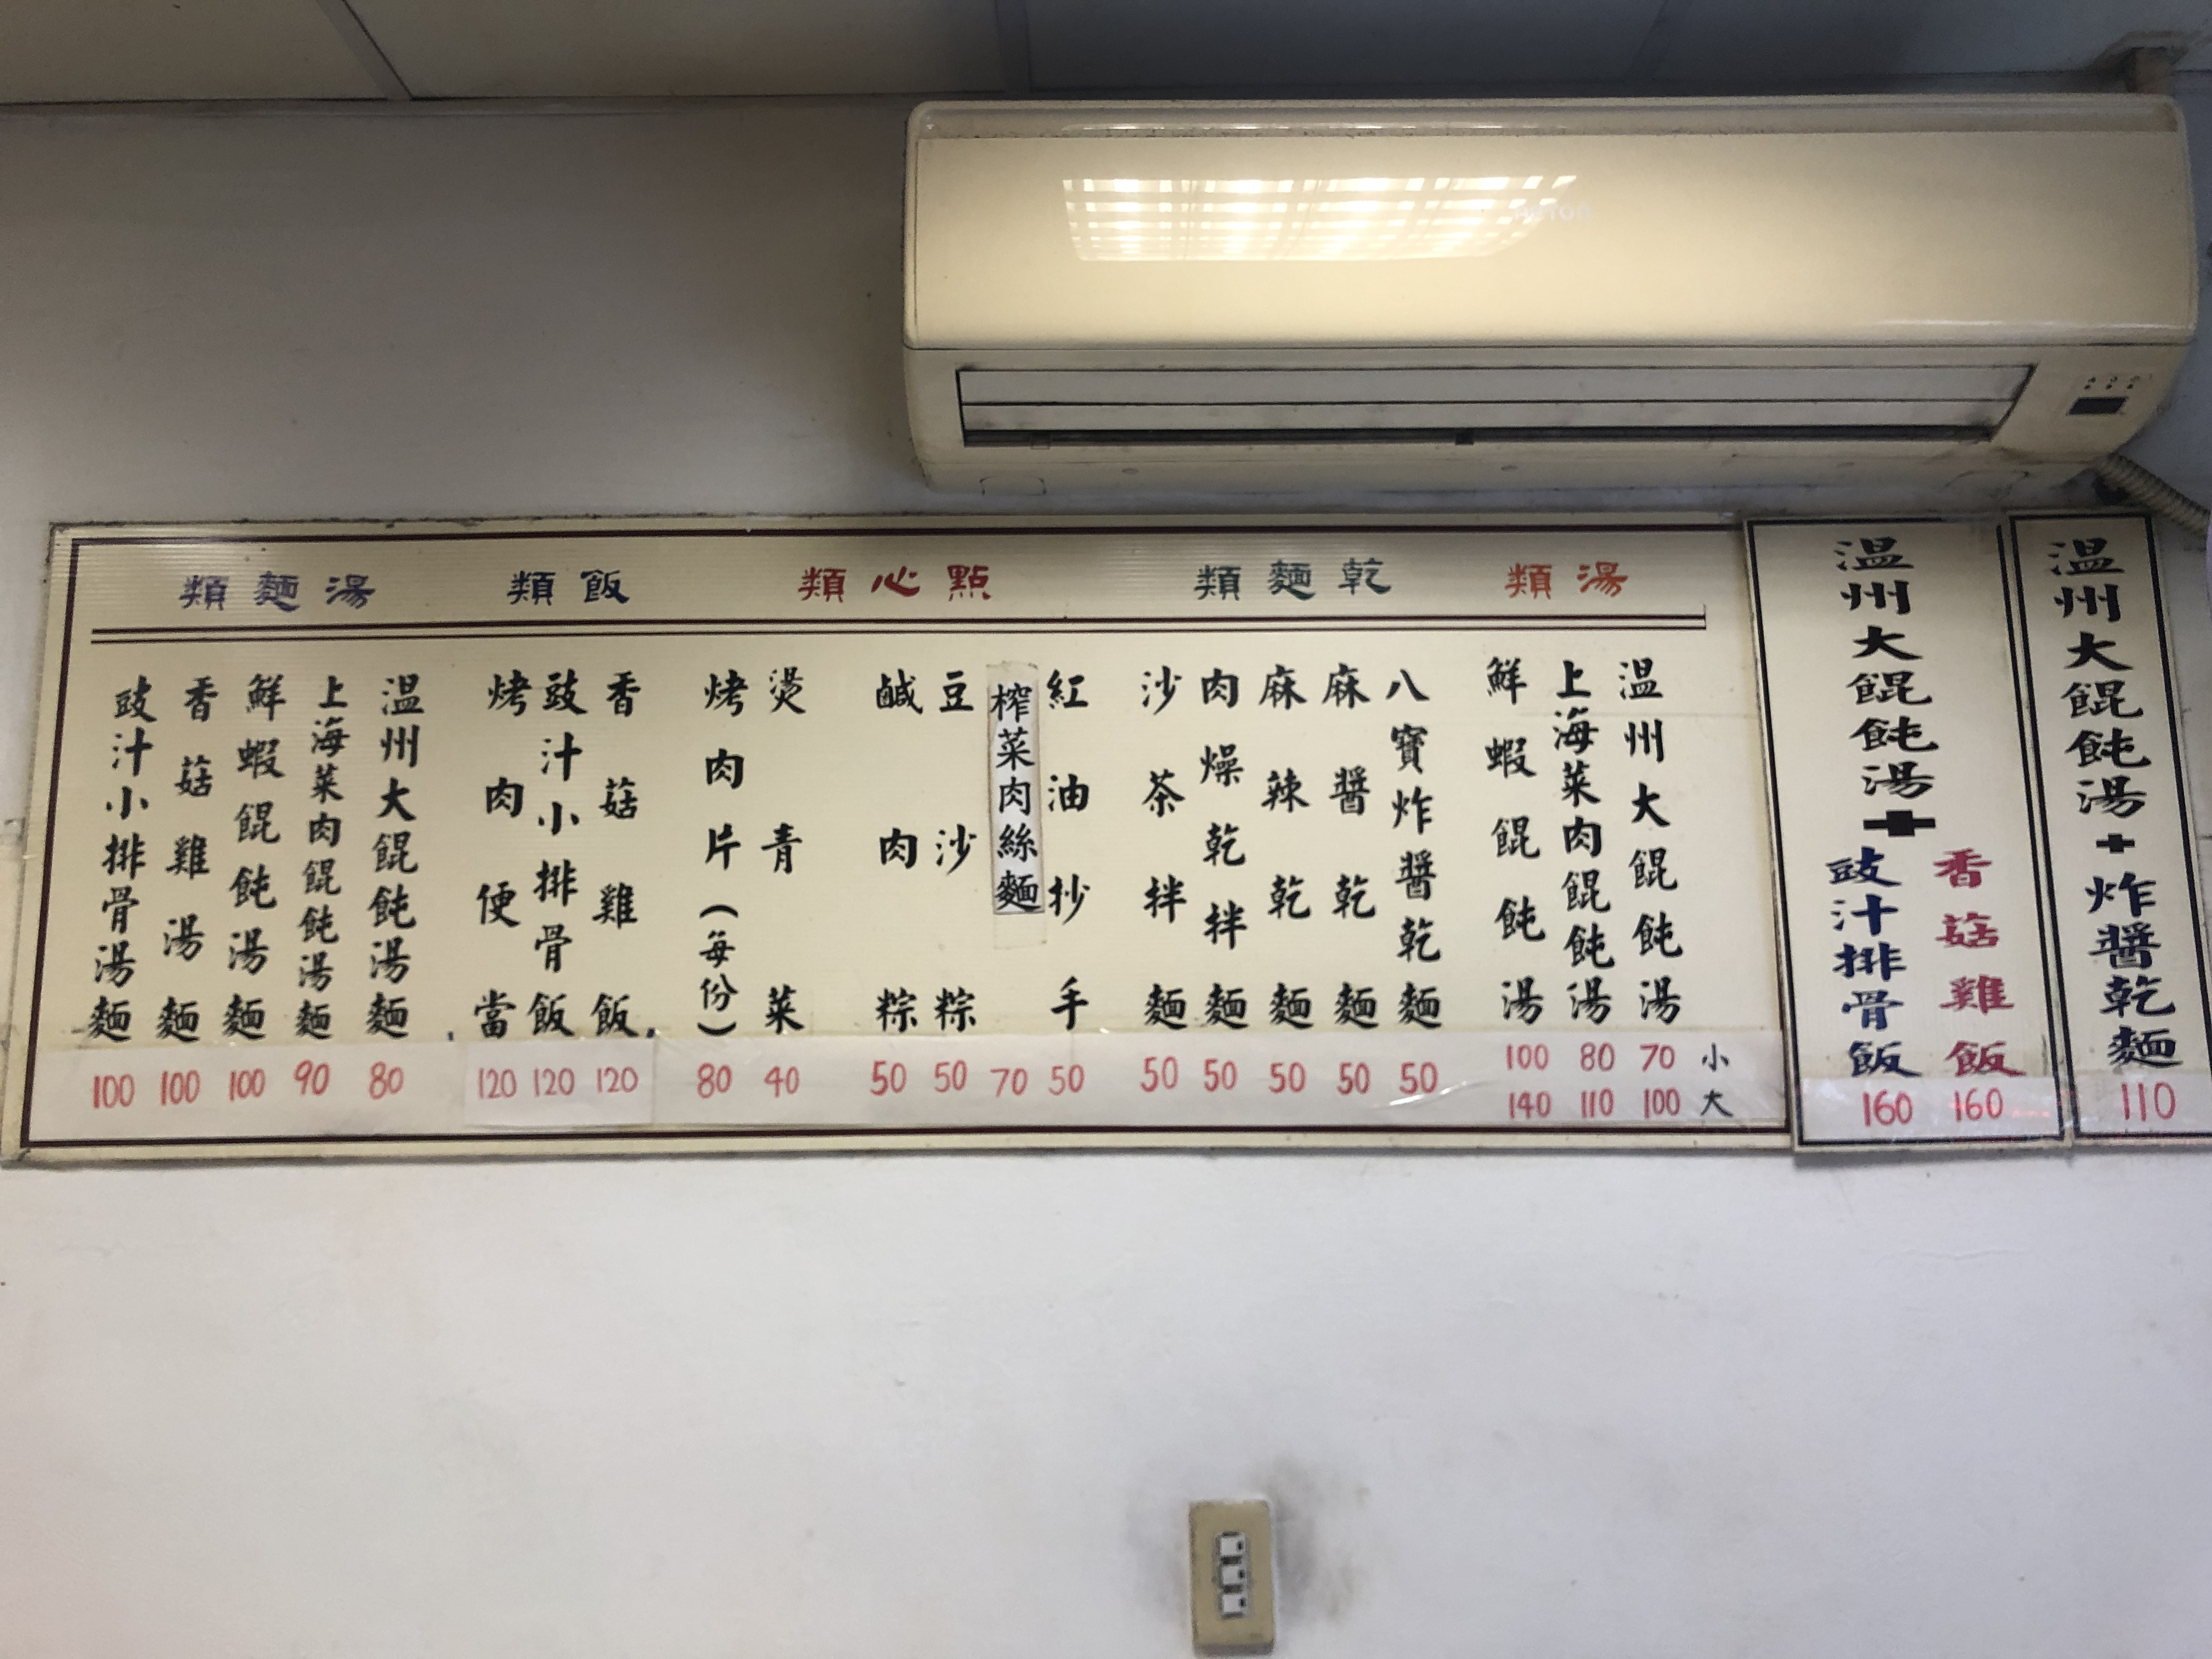
菜單：
name: 豉汁小排骨湯麵
price: 100
name: 香菇雞湯麵
price: 100
name: 鮮蝦餛飩湯麵
price: 100
name: 上海菜肉餛飩湯麵
price: 90
name: 溫州大餛飩湯麵 (大)
price: 80
name: 溫州大餛飩湯麵 (小)
price: 70
name: 烤肉飯
price: 120
name: 香菇雞飯
price: 120
name: 豉汁小排骨飯
price: 120
name: 燙青菜
price: 40
name: 肉片 (每份)
price: 80
name: 鹹肉粽
price: 50
name: 豆沙粽
price: 50
name: 榨菜肉絲麵
price: 70
name: 紅油抄手
price: 50
name: 沙茶拌麵
price: 50
name: 麻辣乾麵
price: 50
name: 麻醬乾麵
price: 50
name: 八寶炸醬乾麵
price: 50
name: 鮮蝦餛飩湯
price: 100
name: 上海菜肉餛飩湯
price: 80
name: 溫州大餛飩湯 (大)
price: 140
name: 溫州大餛飩湯 (中)
price: 110
name: 溫州大餛飩湯 (小)
price: 100
name: 溫州大餛飩湯 + 豉汁排骨飯
price: 160
name: 溫州大餛飩湯 + 香菇雞飯
price: 160
name: 溫州大餛飩湯 + 炸醬乾麵
price: 110